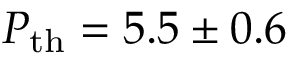
P _ { \mathrm { t h } } = 5 . 5 \pm 0 . 6